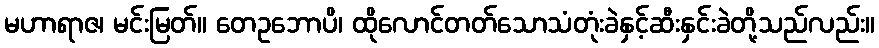
မဟာရာဇ၊ မင်းမြတ်။ တေဥဘောပိ၊ ထိုလောင်တတ်သောသံတုံးခဲနှင့်ဆီးနှင်းခဲတို့သည်လည်း။